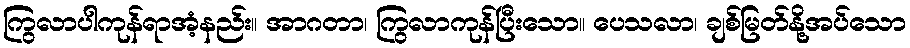
ကြွလာပါကုန်ရာအံ့နည်း။ အာဂတာ၊ ကြွလာကုန်ပြီးသော။ ပေသလာ၊ ချစ်မြတ်နို့အပ်သော